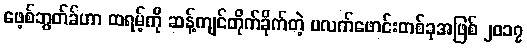
ဖေ့စ်ဘွတ်ခ်ဟာ ထရမ့်ကို ဆန့်ကျင်တိုက်ခိုက်တဲ့ ပလက်ဖောင်းတစ်ခုအဖြစ် ၂၀၁၇